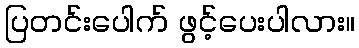
ပြတင်းပေါက် ဖွင့်ပေးပါလား။